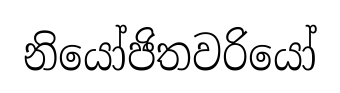
නියෝජිතවරියෝ